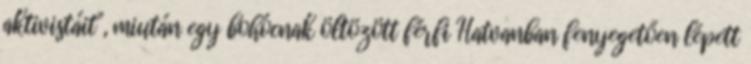
aktivistáit", miután egy bohócnak öltözött férfi Hatvanban fenyegetően lépett